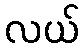
လယ်